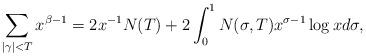
LaTeX: \begin{align*} \sum_{|\gamma| < T} x^{\beta -1} = 2 x^{-1} N(T) + 2 \int_0^{1} N(\sigma,T) x^{\sigma-1} \log x d \sigma,\end{align*}